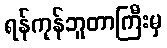
ရန်ကုန်ဘူတာကြီးမှ